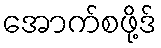
အောက်စဖို့ဒ်